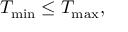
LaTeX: T _ { \mathrm { m i n } } \leq T _ { \mathrm { m a x } } ,